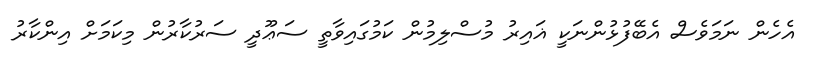
އެހެން ނަމަވެސް އެބޭފުޅުންނަކީ ޣައިރު މުސްލިމުން ކަމުގައިވާތީ ސަޢޫދީ ސަރުކާރުން މިކަމަށް އިންކާރު